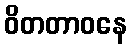
ဝိတတာဝနေ